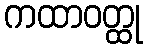
ကထာဝတ္ထု